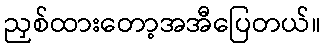
ညှစ်ထားတော့အအီပြေတယ်။